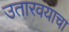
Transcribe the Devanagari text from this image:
उतारवयाचा